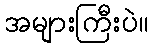
အများကြီးပဲ။